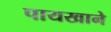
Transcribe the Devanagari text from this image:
पायखाने